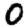
Digit: 0